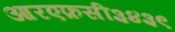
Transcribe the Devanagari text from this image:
आरएफ़सी३४३९